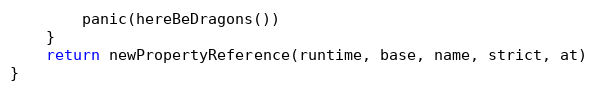
Language: Go
		panic(hereBeDragons())
	}
	return newPropertyReference(runtime, base, name, strict, at)
}